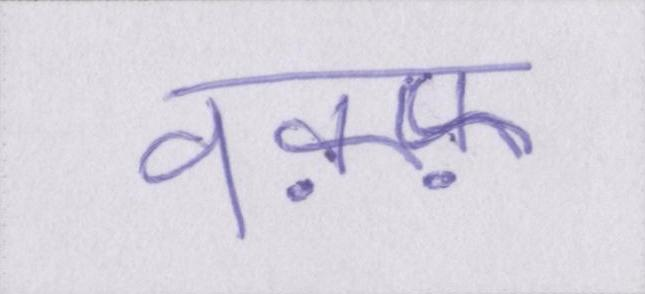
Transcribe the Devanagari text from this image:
वक़्फ़